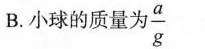
B.小球的质量为 \frac{a}{g}